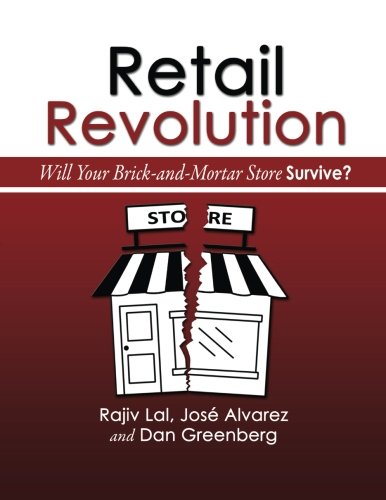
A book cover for Retail Revolution: Will Your Brick & Mortar Store Survive?; Rajiv Lal; Business & Money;